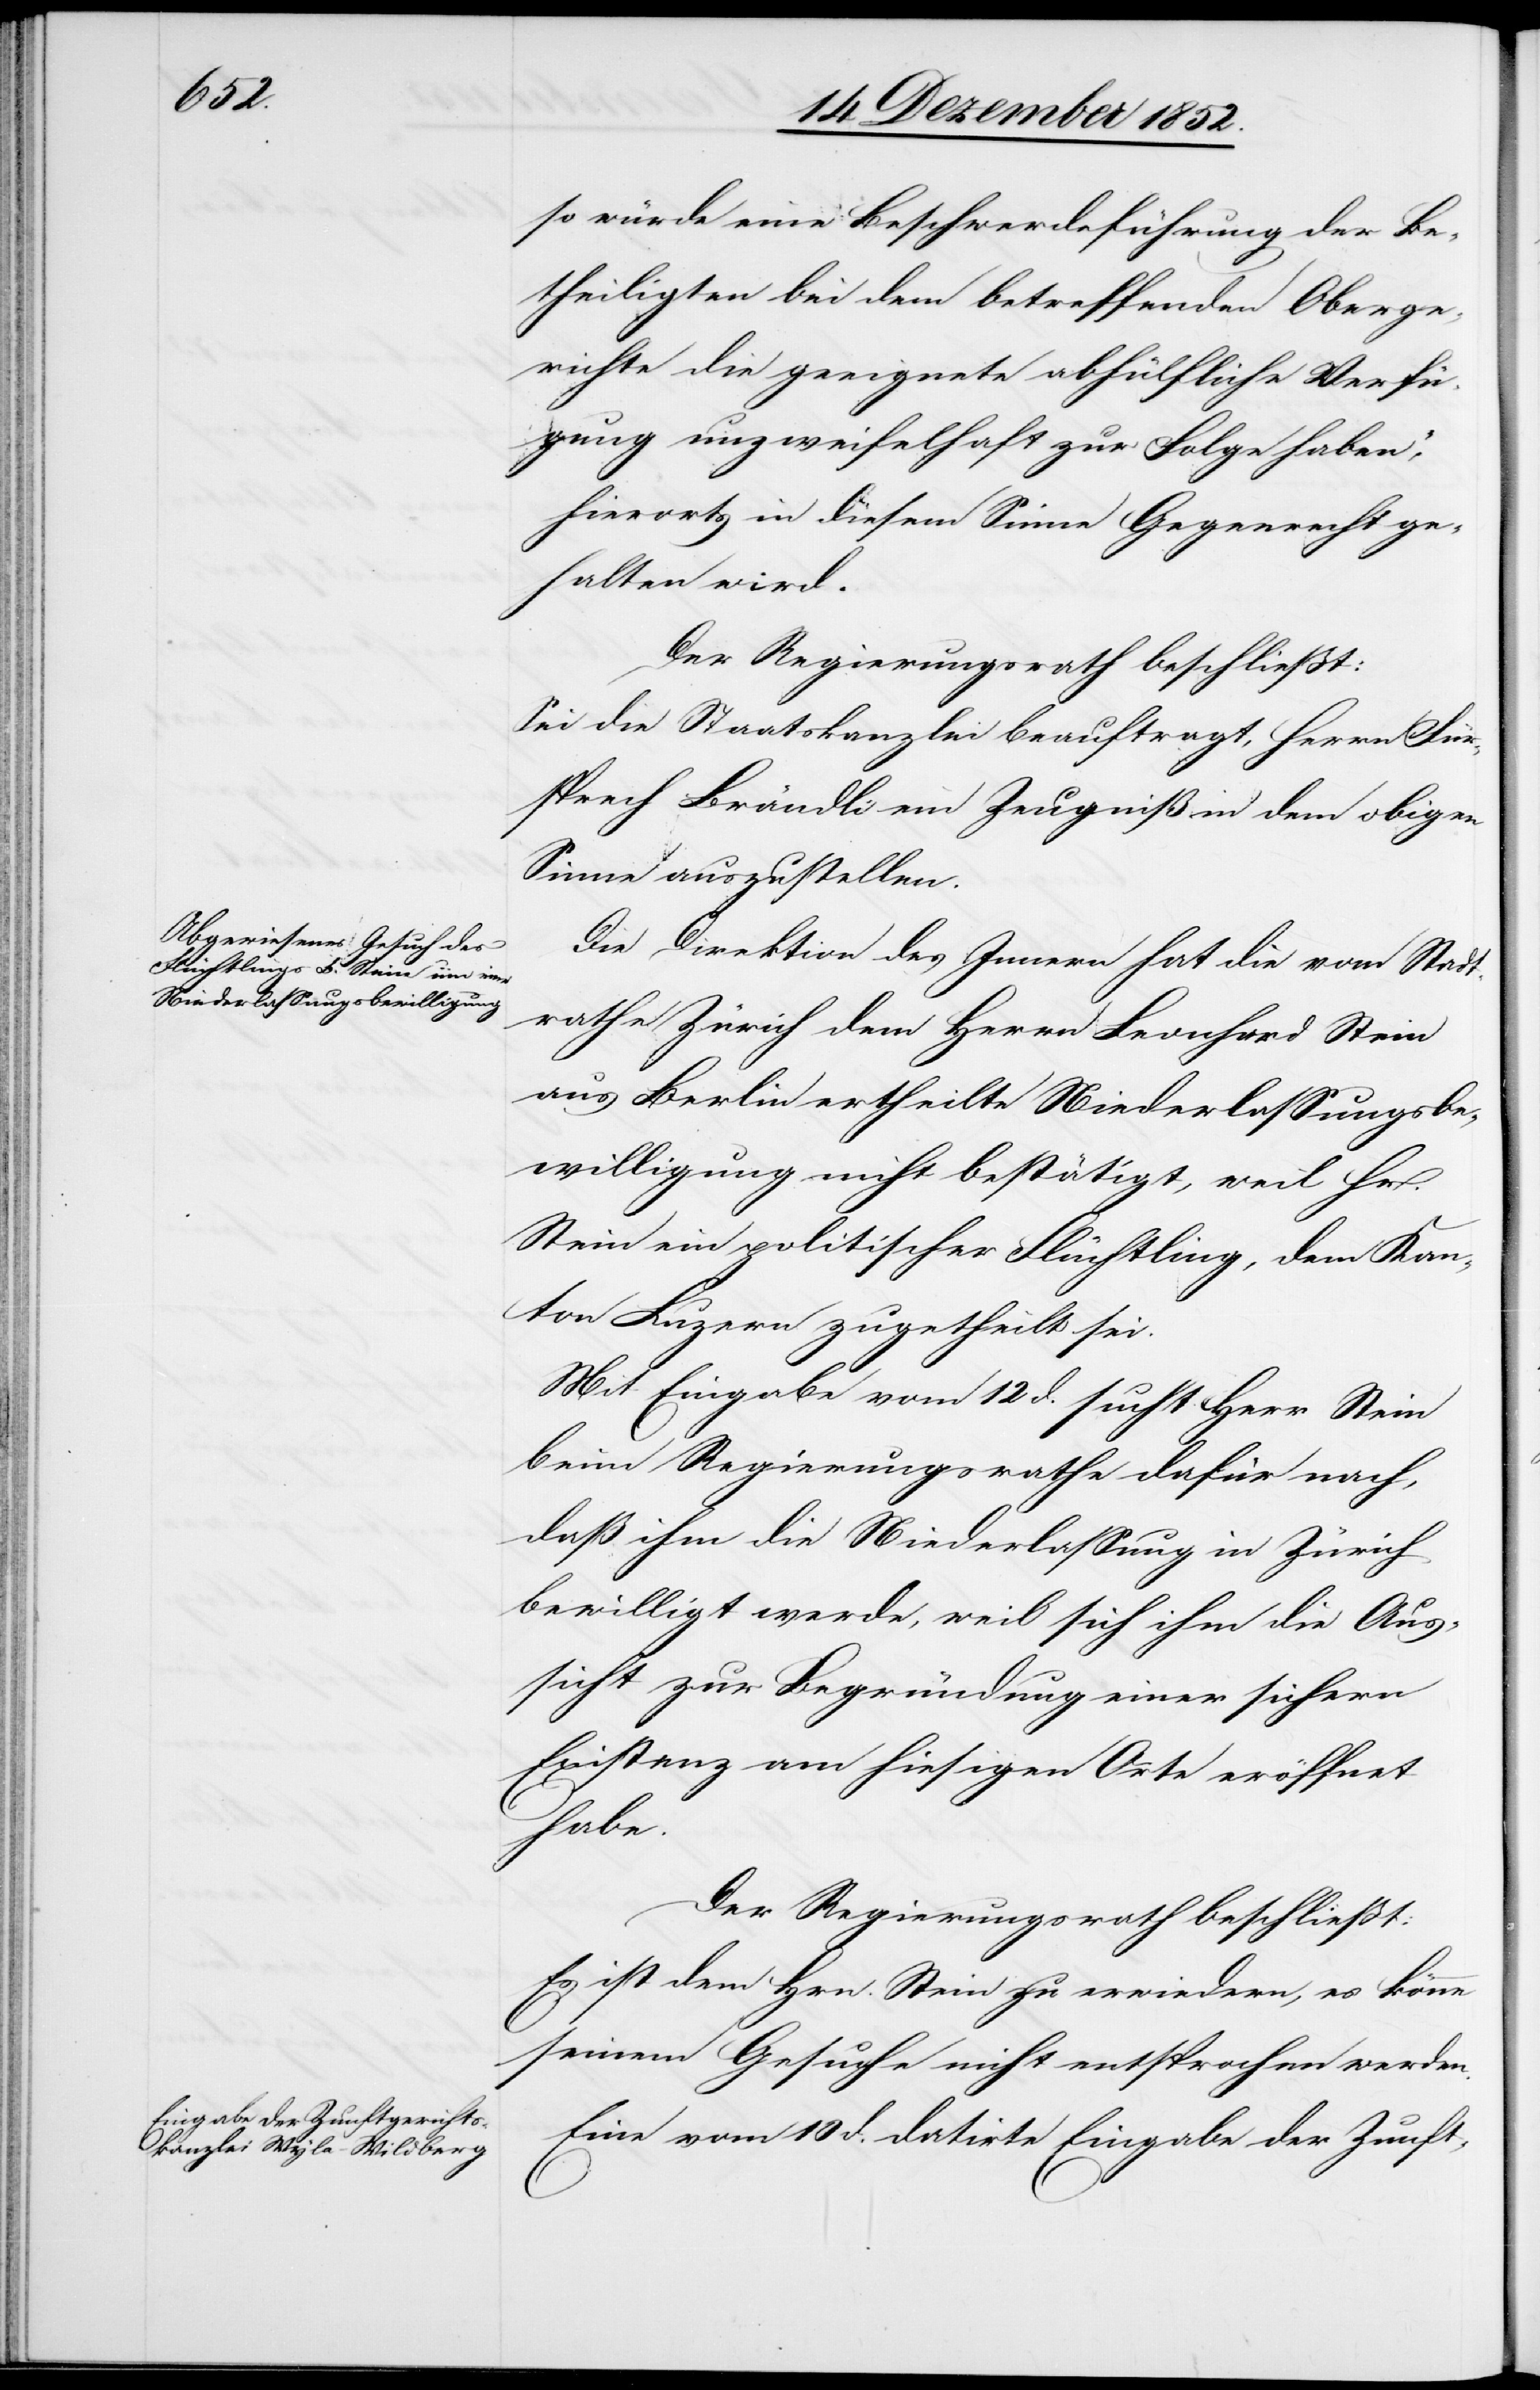
so würde eine Beschwerdeführung der Be¬
theiligten bei dem betreffenden Oberge¬
richte die geeignete abhülfliche Verfü¬
gung unzweifelhaft zur Folge haben“,
hierorts in diesem Sinne Gegenrecht ge¬
halten wird.
Der Regierungsrath beschließt:
Sei die Staatskanzlei beauftragt, Herrn Für¬
sprech Brändli [sic!] ein Zeugniß in dem obigen
Sinne auszustellen.
Die Direktion des Innern hat die vom Stadt¬
rathe Zürich dem Herrn Leonhard Stein
aus Berlin ertheilte Niederlassungsbe¬
willigung nicht bestätigt, weil Hr.
Stein ein politischer Flüchtling, dem Kan¬
ton Luzern zugetheilt sei.
Mit Eingabe vom 12 d. sucht Herr Stein
beim Regierungsrathe dafür nach,
daß ihm die Niederlassung in Zürich
bewilligt werde, weil sich ihm die Aus¬
sicht zur Begründung einer sichern
Existenz am hiesigen Orte eröffnet
habe.
Der Regierungsrath beschließt:
Es ist dem Hrn. Stein zu erwiedern, es könne
seinem Gesuche nicht entsprochen werden.
Eine vom 10 d. datirte Eingabe der Zunft-